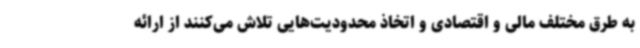
به طرق مختلف مالی و اقتصادی و اتخاذ محدودیت‌هایی تلاش می‌کنند از ارائه